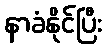
နာခံနိုင်ပြီး